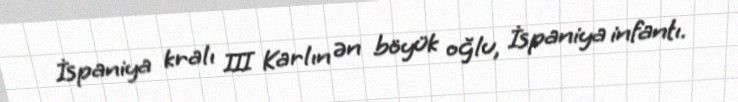
İspaniya kralı III Karlın ən böyük oğlu, İspaniya infantı.